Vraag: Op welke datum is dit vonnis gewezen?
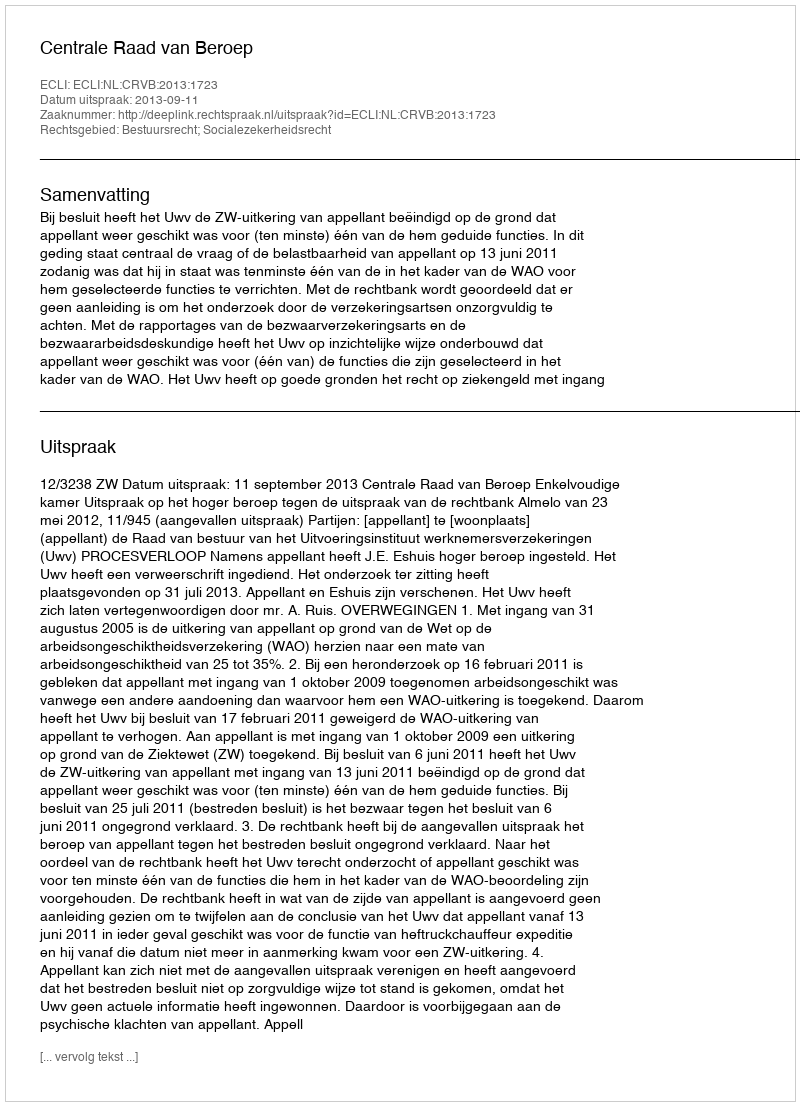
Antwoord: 2013-09-11